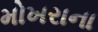
મોખરાના